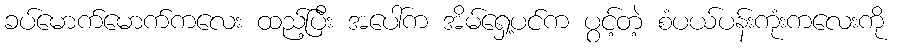
ခပ်မောက်မောက်ကလေး ထည့်ပြီး အပေါ်က အိမ်ရှေ့ပင်က ပွင့်တဲ့ စံပယ်ပန်းကုံးကလေးကို